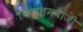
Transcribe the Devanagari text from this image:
फिल्लमबाजी